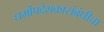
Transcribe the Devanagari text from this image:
धर्मोपदेशकासंबंधीचा